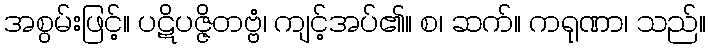
အစွမ်းဖြင့်။ ပဋိပဇ္ဇိတဗ္ဗံ၊ ကျင့်အပ်၏။ စ၊ ဆက်။ ကရုဏာ၊ သည်။